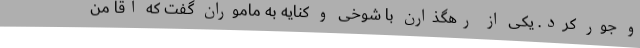
و جور کرد. یکی از رهگذارن با شوخی و کنایه به ماموران گفت که آقا من